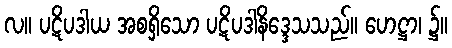
လ။ ပဋိပဒါယ အစရှိသော ပဋိပဒါနိဒ္ဒေသသည်။ ဟေဋ္ဌာ၊ ၌။